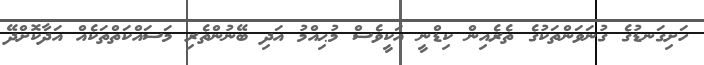
ހަށިގަނޑުގެ ގުނަވަންތަކުގެ ތެރެއިން ކިޑްނީ އަކީވެސް މުޙިއްމު އަދި ބޭނުންތެރި މަސައްކަތްތަކެއް އަދާކޮށްދޭ